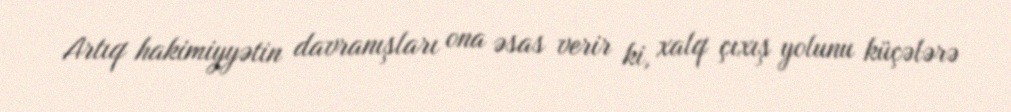
Artıq hakimiyyətin davranışları ona əsas verir ki, xalq çıxış yolunu küçələrə